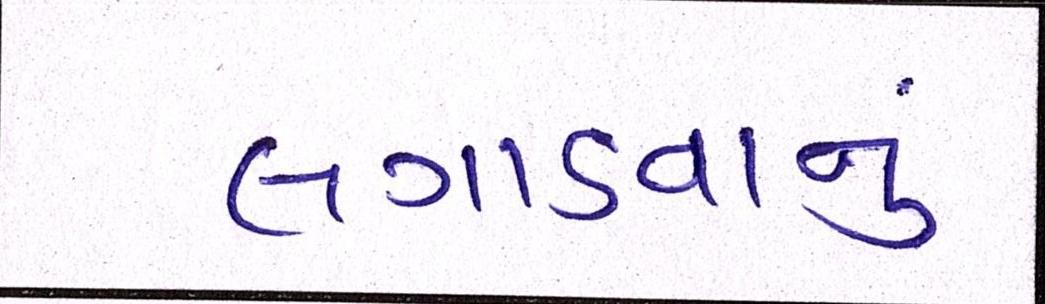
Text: લગાડવાનું